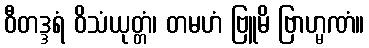
ဝီတဒ္ဒရံ ဝိသံယုတ္တံ၊ တမဟံ ဗြူမိ ဗြာဟ္မဏံ။